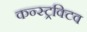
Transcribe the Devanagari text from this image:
कन्स्ट्रक्टिव